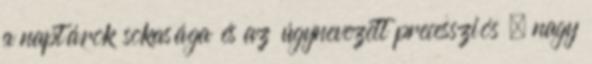
a naptárok sokasága és az úgynevezett precessziós – nagy